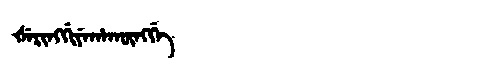
Manchu: ᡧᡝᡵᡳᠩᡤᡳᠶᡝᡥᠠᡴᡡᠩᡤᡝ
Romanization: ŠERINGGIYEHAKŪNGGE